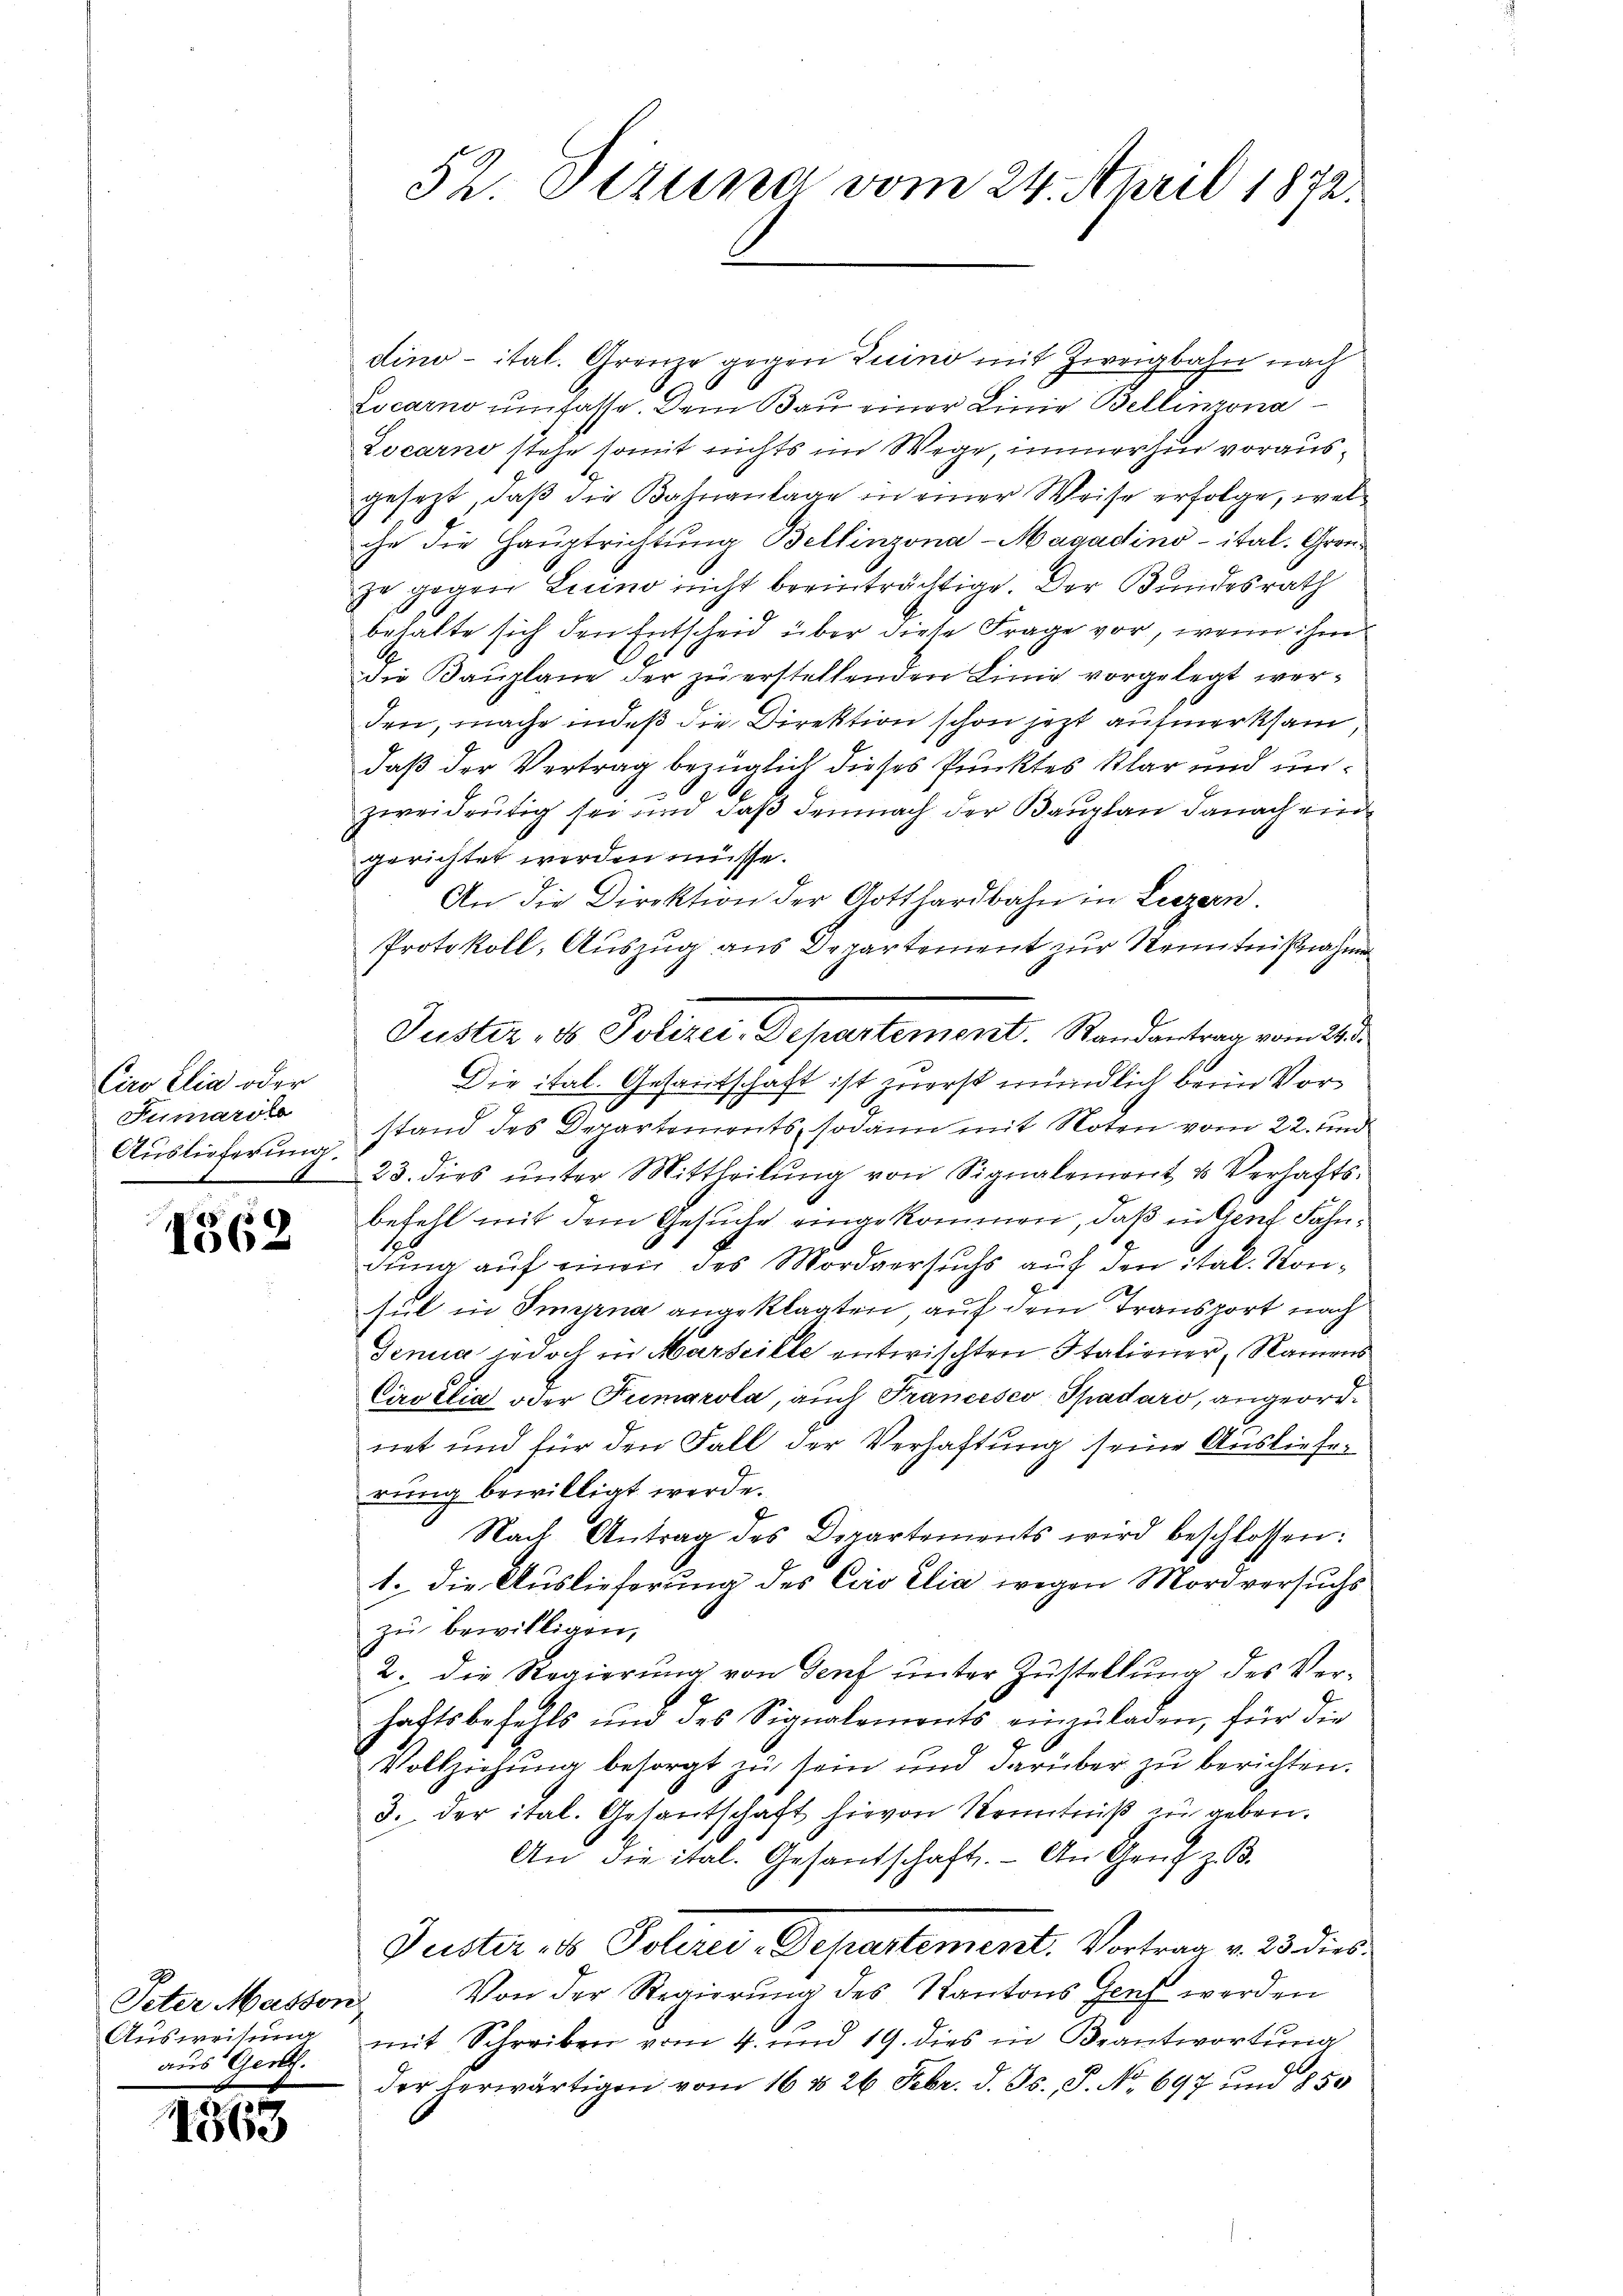
Ciwo Elia oder
Sumarolo
Auslieferung.

1562

Peter Massen,
aus Ger.

1563

52. Dezuna vom 24. April 1872.

dino – ital. Grenze gegen Luino mit Zweigbahn nach
Locarno umfasse. Dem Bau einer Linie Bellinzona
Locarno stehe somit nichts im Wege, immerhin vorausgesezt, daß die Bahnanlage in einer Weise erfolge, welche die Hauptrichtung Bellinzona-Magadino-ital. Gronje gegen Luino nicht beeinträchtige. Der Bundesrath
behalte sich den Entscheid über diese Frage vor, wenn ihm
G
die Bauplane der zu erstellenden Linie vorgelegt werden, mache indeß die Direktion schon jetzt aufmerksam
daß der Vertrag bezüglich dieses Punktes klar und unzweidrütig sei und daß demnach der Bauplan danach eine
gerichtet werden müsse.
An die Direktion der Gotthardbahn in Liezern.
Protokoll, Auszug aus Departement zur Kenntnißnahme
Juster, 1 Polizer, Departement. Randantrag vom 21.
Die ital. Gesantschaft ist zuerst mündlich beim Vorstand des Departements, sodann mit Noten vom 22. und
23. dies ŭnter Mittheilŭng von Signalement u. Verhafts-
befehl mit dem Gesuche eingekommen, daß in Genf Fahndung auf einen des Mordversuchs auf den ital. Kon¬
2
sul in Smyrna angeklagten auf dem Transport nach
Jenua jedoch in Marseille entwischten Stationer, Namens
Ciro etia oder Tumarola, auch Francesco Spadaro, angeordnet und für den Fall der Verhaftung seine Auslieferung bewilligt werde.
Nach Antrag des Departements wird beschlossen:
1. die Auslieferung des Ciro elia wegen Mordversuchs
zu bewilligen,
2. die Regierung von Genf unter Zustellung des Verhaftsbefehls und des Signalemonts einzŭladen, für die
Vollziehung besorgt zu sein und darüber zu berichten.
3. der ital. Gesantschaft hievon Kenntniß zu geben.
An die ital. Gesandschaft. - An Genf z. B.
Guster ds Pölere Departement. Vortrag v. 23. dies
Von der Regierung des Kantons Genf werden
Aŭsweisŭng mit Schreiben vom 4. und 19. dies in Beantwortŭng
der herwärtigen vom 16 t 26 Febr. d. Js., P. Nr. 697 und 850